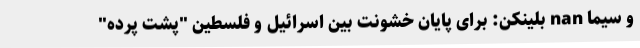
و سیما nan بلینکن: برای پایان خشونت بین اسرائیل و فلسطین "پشت پرده"